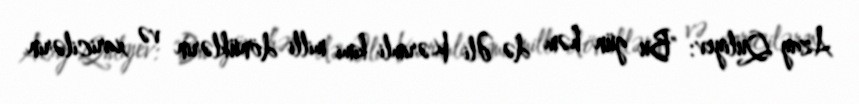
Azay Quliyev: "Bu gün həm də Əli Kərimli kimi milli dönüklərin və xaricilərin